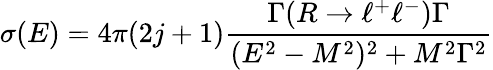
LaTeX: \sigma(E)=4\pi(2j+1)\frac{\Gamma(R\to\ell^{+}\ell^{-})\Gamma}{(E^{2}-M^{2})^{2}+M^{2}\Gamma^{2}}